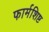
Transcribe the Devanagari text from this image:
फार्मशिष्ट